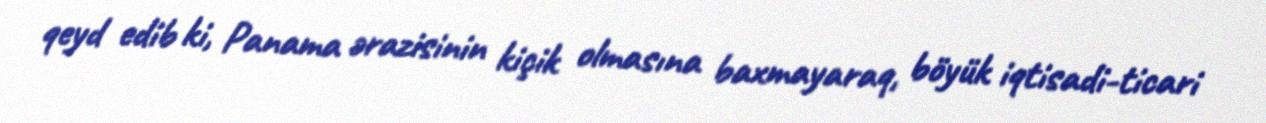
qeyd edib ki, Panama ərazisinin kiçik olmasına baxmayaraq, böyük iqtisadi-ticari